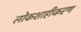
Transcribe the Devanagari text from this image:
लोकशाहीकरण